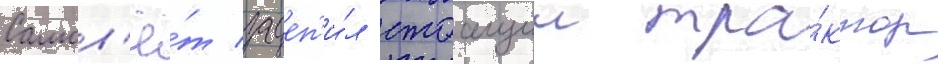
Самол'ё́т зацеп'и́л стоащии тра́ктор